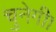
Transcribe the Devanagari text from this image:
चुनेगी।